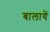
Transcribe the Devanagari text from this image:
बालायें